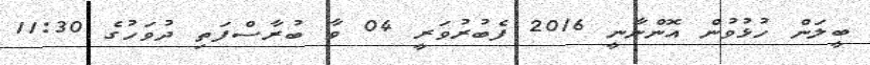
ބީލަން ހުޅުވުން އޮންނާނީ 2016 ފެބުރުވަރީ 04 ވާ ބުރާސްފަތި ދުވަހުގެ 11:30